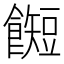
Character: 𱃰